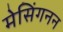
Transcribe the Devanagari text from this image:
मेसिंगनन